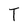
Character: T